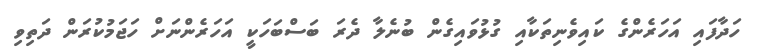
ހަދާފައި އަހަރެންގެ ކައިވެނިތަކާއި ގުޅުވައިގެން ބުނެލާ ދެރަ ބަސްބަހަކީ އަހަރެންނަށް ހަޖަމުކުރަން ދަތިވި